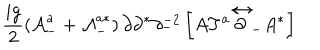
\frac { i g } { 2 } \left( { \cal A } _ { - } ^ { a } + { \cal A } _ { - } ^ { a * } \right) \partial \partial ^ { * } \partial _ { - } ^ { - 2 } \left[ A T ^ { a } \stackrel { \leftrightarrow } { \partial } _ { - } A ^ { * } \right]